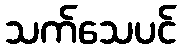
သက်သေပင်